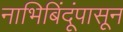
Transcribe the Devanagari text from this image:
नाभिबिंदूंपासून